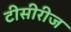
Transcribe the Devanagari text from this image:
टीसीरीज